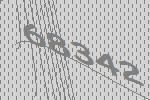
68342